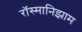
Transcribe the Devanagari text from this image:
रॉस्मानिझाम